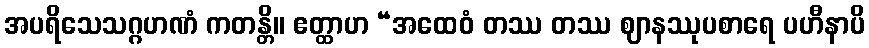
အပရိသေသဂ္ဂဟဏံ ကတန္တိ။ ဧတ္ထာဟ “အထေဝံ တဿ တဿ ဈာနဿုပစာရေ ပဟီနာပိ